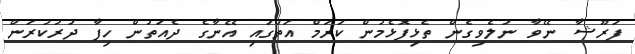
ފަރޫޝާ ނޭވާ ނުލެވިގެން ތެޅިފޮޅެމުން ކަރަމް އަތުގައި އޭނާގެ ދެއަތުން ހިފާ ދުރުކުރަން